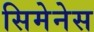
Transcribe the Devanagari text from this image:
सिमेनेस